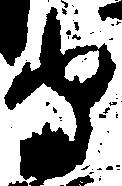
守